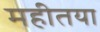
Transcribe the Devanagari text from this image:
महीतया